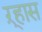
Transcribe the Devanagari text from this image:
ऱ्हास